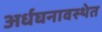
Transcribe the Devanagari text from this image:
अर्धघनावस्थेत